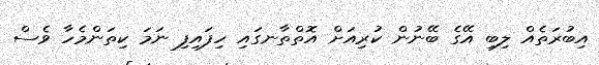
އިބުރަތެއް ލިބި އޭގެ ބޭނުން ކުރިއަށް އޮތްތާނގައި ހިފައިފި ނަމަ ކިތަންމެހާ ވެސް